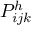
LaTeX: P _ { i j k } ^ { h }